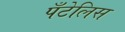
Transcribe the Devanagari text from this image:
पँटेलिस